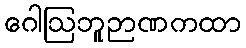
ဂေါဩဘူဉာဏကထာ